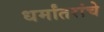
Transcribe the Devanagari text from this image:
धर्मांतरांचे